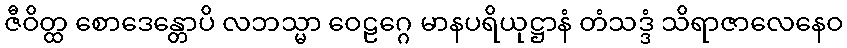
ဇီဝိတ္ထ စောဒေန္တောပိ လဘသ္မာ ဝေဠဂ္ဂေ မာနပရိယုဋ္ဌာနံ တံသဒ္ဒံ သိရာဇာလေနေဝ